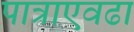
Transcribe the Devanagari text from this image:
पात्राएवढा